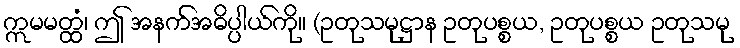
ဣမမတ္ထံ၊ ဤ အနက်အဓိပ္ပါယ်ကို။ (ဥတုသမုဋ္ဌာန ဥတုပစ္စယ, ဥတုပစ္စယ ဥတုသမု